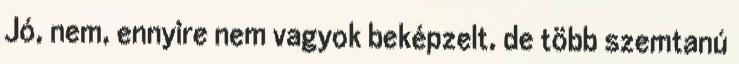
Jó, nem, ennyire nem vagyok beképzelt, de több szemtanú